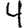
Digit: 4